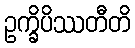
ဥက္ခိပိဿတီတိ